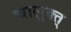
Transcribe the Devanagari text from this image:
चालुक्त्